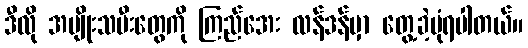
ဒီလို အမျိုးသမီးတွေကို ကြည်အေး လန်ဒန်မှာ တွေ့ခဲ့ပုံရပါတယ်။